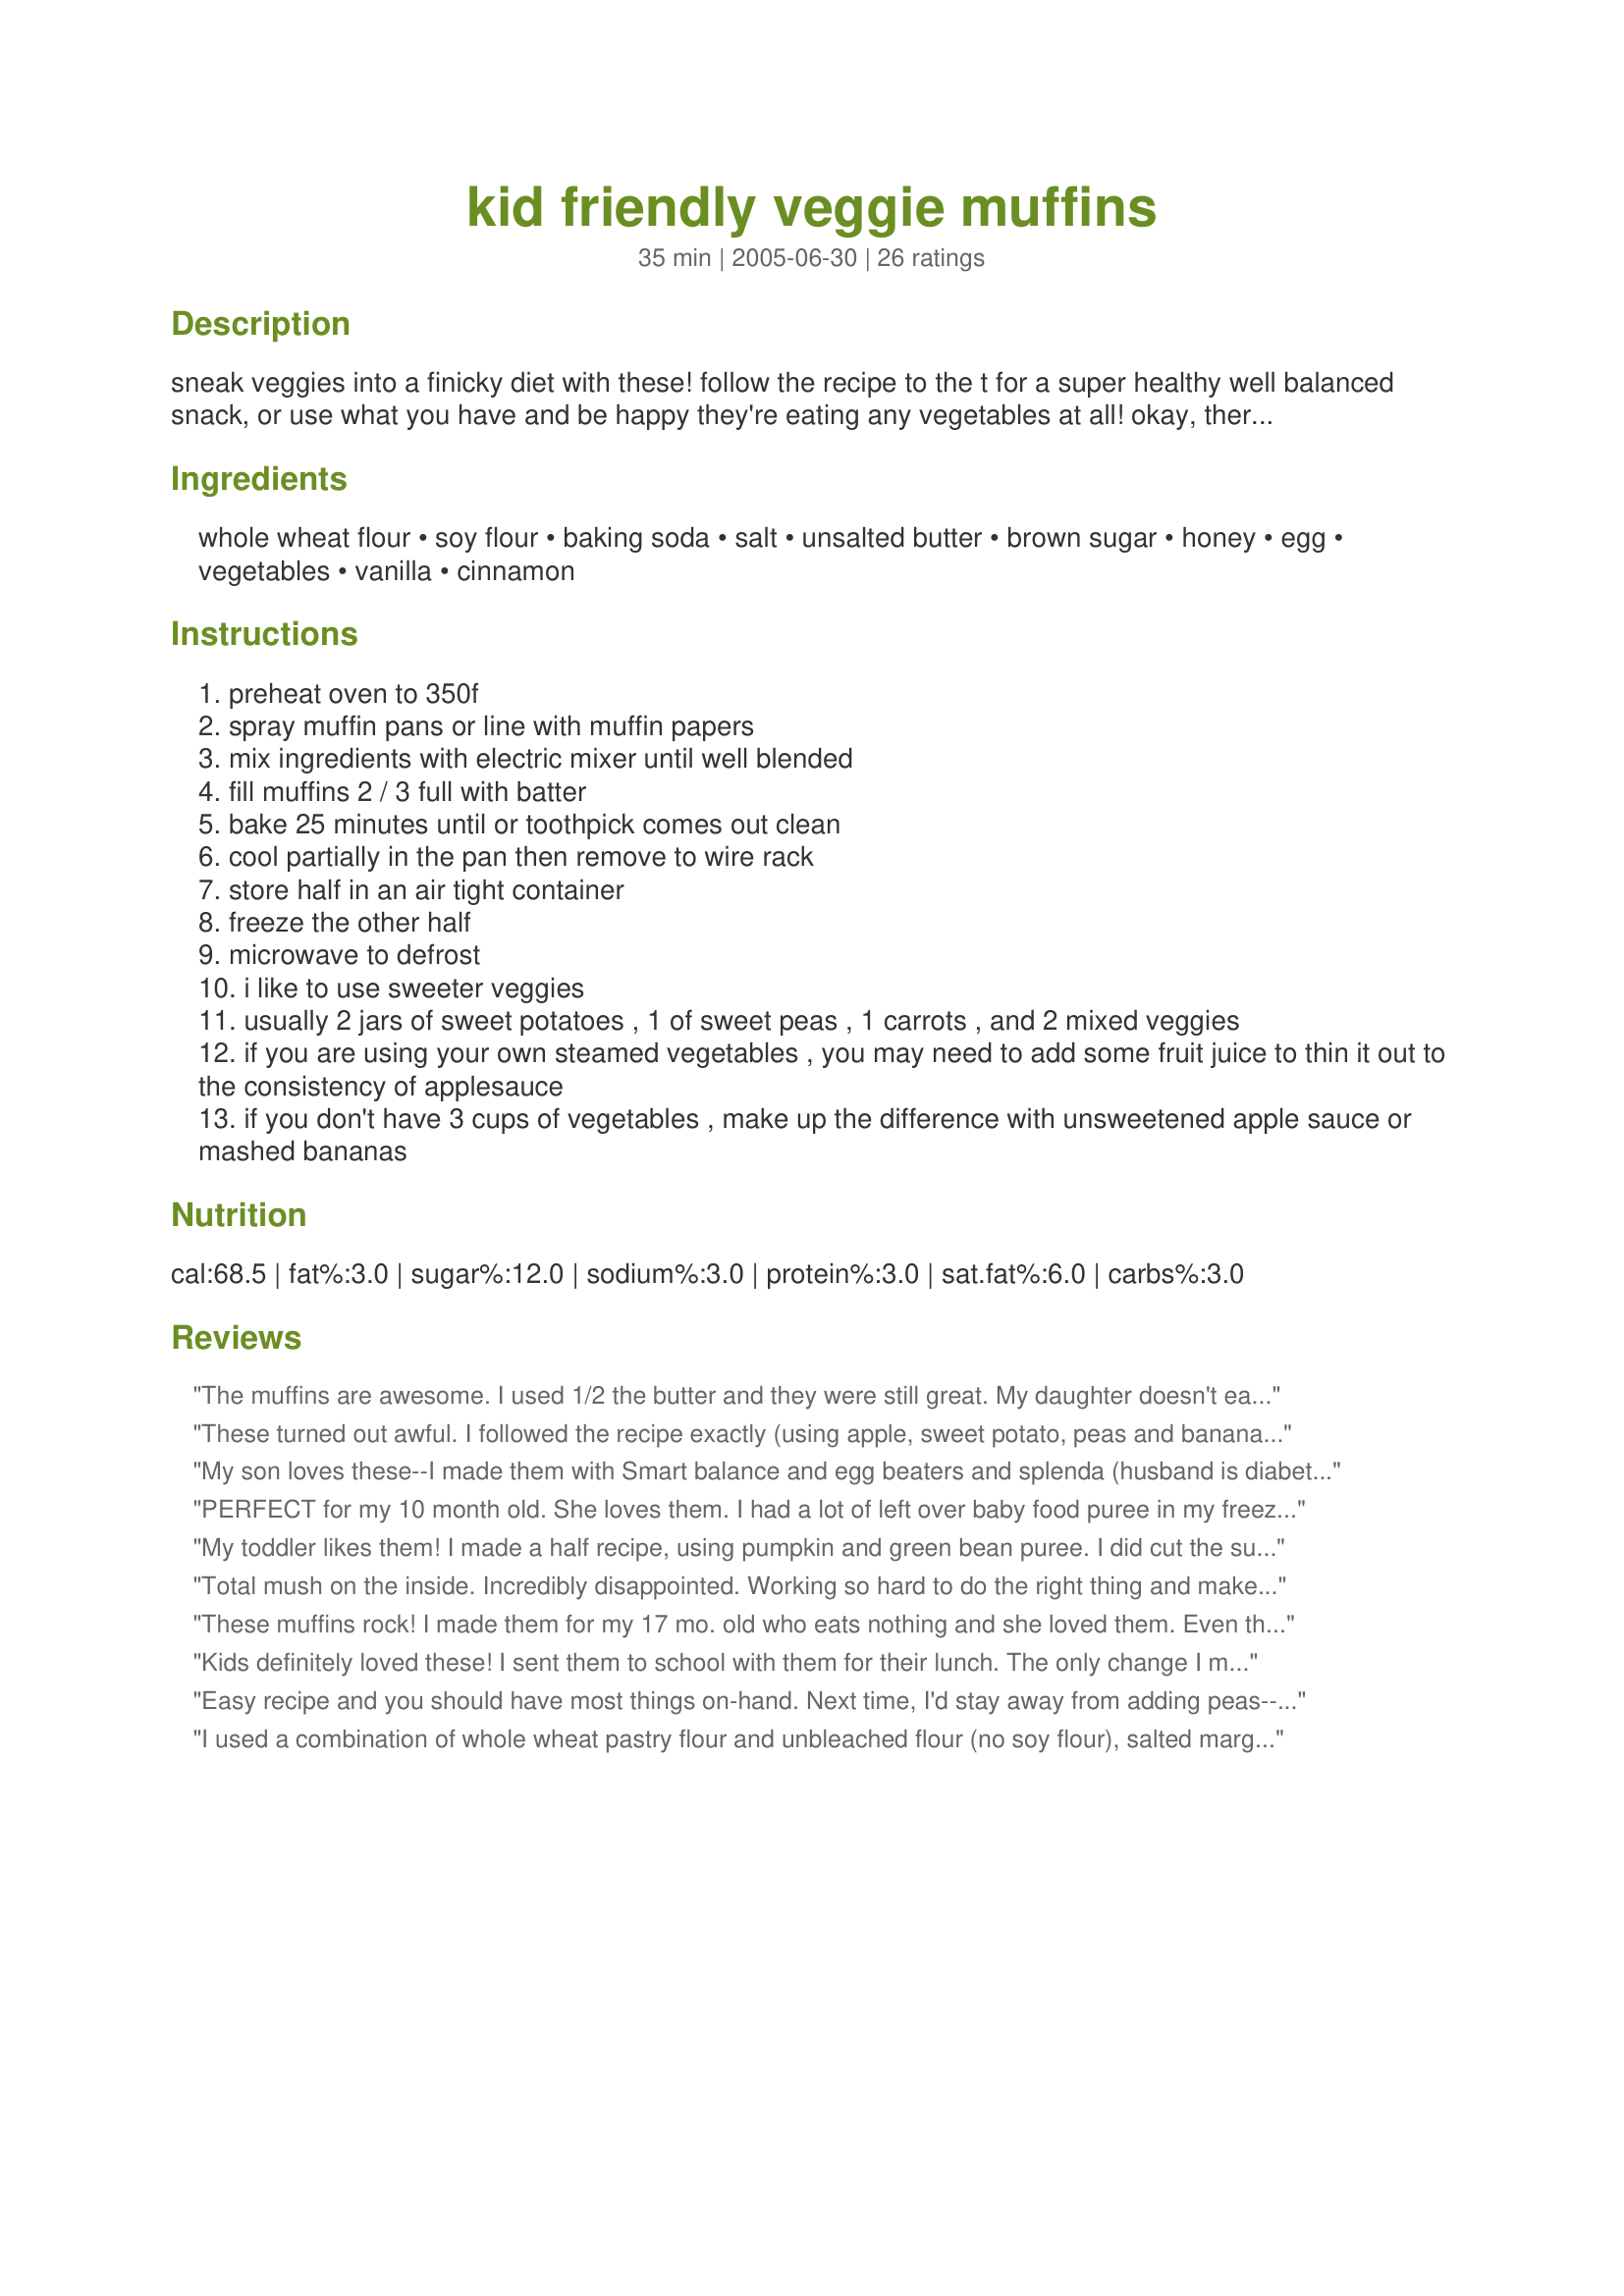
kid friendly veggie muffins
Preparation time: 35 minutes

sneak veggies into a finicky diet with these! follow the recipe to the t for a super healthy well balanced snack, or use what you have and be happy they're eating any vegetables at all! okay, there's a little butter and sugar in there...we're trying to be sneaky remember? i actually find these a bit bland but my kids scarfed them down (even my 17 month old, who thinks food is strictly for throwing!). if i were making them of me, i'd add more sugar.

Ingredients:
whole wheat flour, soy flour, baking soda, salt, unsalted butter, brown sugar, honey, egg, vegetables, vanilla, cinnamon

Steps:
preheat oven to 350f
spray muffin pans or line with muffin papers
mix ingredients with electric mixer until well blended
fill muffins 2 / 3 full with batter
bake 25 minutes until or toothpick comes out clean
cool partially in the pan then remove to wire rack
store half in an air tight container
freeze the other half
microwave to defrost
i like to use sweeter veggies
usually 2 jars of sweet potatoes , 1 of sweet peas , 1 carrots , and 2 mixed veggies
if you are using your own steamed vegetables , you may need to add some fruit juice to thin it out to the consistency of applesauce
if you don't have 3 cups of vegetables , make up the difference with unsweetened apple sauce or mashed bananas

Reviews:
The muffins are awesome. I used 1/2 the butter and they were still great. My daughter doesn't eat enough veggies throughout the day so I'm very happy to have found this recipe. She loved them.

Thank you
These turned out awful. I followed the recipe exactly (using apple, sweet potato, peas and banana). But even when I baked them for about 35 minutes, they still remained very mushy and sticky inside. I'm hesitant to give them to my toddler because they contain egg, and I'm not sure the egg is fully cooked. But if I cook them any longer, the tops will probably burn. This recipe would probably be better if you used more flour mixture and less puree, so they have more of a bread texture than a sticky, pureed mess inside.
My son loves these--I made them with Smart balance and egg beaters and splenda (husband is diabetic) and we made mini muffins. Every day he wants to make them!
PERFECT for my 10 month old. She loves them. I had a lot of left over baby food puree in my freezer from when my daughter would eat off of a spoon so these are great to use that up. I used all sweet potato puree and they are very good (kind of pumpkin like). Thanks!
My toddler likes them! I made a half recipe, using pumpkin and green bean puree. I did cut the sugar a bit and I used coconut oil instead of butter. I think next time I will use a combo of fruit and veggie puree to make them a little sweeter, and I will use more coconut oil as they were a tiny bit dry and little ones need good fats anyways! This is definitely a winner, though it veers more towards healthy than dessert-y.
Total mush on the inside. Incredibly disappointed. Working so hard to do the right thing and make nutritious food for my kid and 50% of the stuff is inedible. I don't have time to make it a dozen times &quot;tweaking&quot; it to make it work.
These muffins rock! I made them for my 17 mo. old who eats nothing and she loved them. Even the adults in my family and my very picky 10 yr. old niece loved them. I even snuck in some raisins in one batch and some chocolate chips for another (this got even the very picky to eat them!).

Thanks!!!
Kids definitely loved these! I sent them to school with them for their lunch. The only change I made was subbing some of the pureed veg for raw peanut butter because I didn&#039;t have enough veg on hand. I really like that it made about 18 muffins for me, because that is a whole week of snacks I don&#039;t have to worry about for them (when everything else usually only comes in four or six).
Easy recipe and you should have most things on-hand. Next time, I'd stay away from adding peas--which have an overwhelming taste in even small amounts--and stick to carrots, sweet potatoes and/or butternut squash for my veggie add-ins. Also, I plan on adding more cinnamon the next round, as this was a little bland. My 18-month old ate one muffin willingly, but it took some more convincing for my three-year old. For the sake of getting my older child to eat these, I may make next time with some banana or applesauce added!
I used a combination of whole wheat pastry flour and unbleached flour (no soy flour), salted margarine (omitted salt), white granulated sugar instead of brown sugar, no honey, one banana and the rest of the volume sweet potatoes. I added a dash of ground cloves and nutmeg too (veering towards pumpkin pie!). For the second batch, I also added dried blueberries that I had soaked in fruit juice to plump them. All of the muffins were very popular, but especially the blueberry muffins! The muffins were tasty, not too sweet (even with banana and sweet potato), and not dense. These are muffins, not cupcakes, so they're not like bakery muffins - they're better for you! These would be great breakfast muffins, but for adults I recommend adding some texture and variety with 1/3 cup dried blueberries or raisins, 1 Tbs poppy seeds (maybe with some lemon juice?), 1/3 cup rolled oats, or anything else you fancy in your morning muffin.
I made these for my 18 month old and he loved them! I used peas, carrots, cauliflower, bananas and applesauce. I will definately make these often to have on hand for a quick snack. 
-- I myself didn't care for them, but I didn't make them for me! 
Thanks for a great way to get my baby to eat his veggies!!!
My kids love these! I&#039;ll make a batch &amp; they&#039;ll be gone in 2 days! Thanks for the awesome recipe!
My 2 yr old son loves these and I have started keeping them as a staple in our house. I use whatever veggies I have on hand and he loves each batch I made. They are a bit dense for my liking but its get some green stuff into my picky child and he thinks he is getting a treat. YAY!! thanks for sharing.
Great recipe. I used sweet potato, butternut squash and corn and even pureed broccoli the first time and my 12-month-old would eat three at a time. This batch I'm using carrots, butternut squash and green beans. Hoping he likes this combo as much. Thanks for such a kid-friendly recipe.
My picky four year-old has eaten 5 of these muffins so far today. She doesn&#039;t like carbs very much (in addition to many other things...), so it was nice to throw one in with her meal and actually have to stop her from grabbing more (and it makes for a good breakfast with a side of Greek yogurt). When I was mixing it up, it didn&#039;t smell very appealing at first so I sort of gingerbread-ified it with clove, nutmeg, more cinnamon, and ginger.
My five year old helped me make these, watched the peas get put in, and still ate 3 of them. My 17 month old ate one, and my husband had 3. They are very good. I'm going to start making them all the time. This is the best recipe I have ever gotten from this site, and i've gotten quite a few good ones. Thank You.
Ok. So I cheated a little bit. I added some mini choc chips to some of mine for more appeal. Half were done without and half were done with. Both are good.
Such an easy recipe, and my picky toddlers loved them! I didn&#039;t have any butter so I used unsweetened applesauce instead. Thank you!
I used sweet potatoes and all the optional ingredients. It was a bit dry so I added some orange juice, although the dough was still very thick and the muffins came out pretty dense. I may sub the butter and egg for applesauce next time.
This is a terrific recipe. For my first batch, I used pumpkin, carrots and peas. I substituted applesauce for most of the butter and used 1/4 cup of eggbeaters. I also reduced the sugar to 1/4 cup, but used 3 T. of agave nectar instead of honey. These were very moist and no one believed I had put peas into them! I am going to add raisins next time and probably put in some flax seed. Thanks so much for posting this recipe. I plan on making these in bulk and freezing for me and extended family members. I can't wait to try new combinations of vegetables!!
I used squash and sweet potatoes for my veggies and followed directions exactly except adding 3 chocolate chips to the top of half of the muffins and everyone loved them. My husband said they are delicious. I made half the batch into mini muffins for my 1 year old.
This recipe was a true God-send! My daughter is 17 months old, and it was an absolute chore to get to eat anything besides sweet potatoes and carrots...then she started hating those! So, I tried it, she loves them...even the ones I made that had visible chunks of peas in them! Thank you, thank you, thank you...I cannot say it enough!
I had been looking for a recipe to use my whole wheat flour...they're winners! I didn't use the sweeter veggies and they still came out plenty sweet.
I made these for my club's raffle table and everyone that won a dozen of them couldn't believe that they contained baby food.
Many of our members are over 80 years young and have had problems digesting vegetables, so this recipe was perfect for them.
My husband wants me to make them every day using different baby foods. Great recipe!!
My three kids love them.
omg this was awesome my son who is 15 months old HATES veggies but when i gave him these muffins he gobbled them up.i used stage 2 gerber sweet pots(2) carrots(2) and (1)peas.i mixed all ingredients in a blender. i even ate a few myself.
